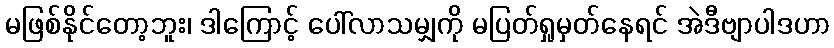
မဖြစ်နိုင်တော့ဘူး၊ ဒါကြောင့် ပေါ်လာသမျှကို မပြတ်ရှုမှတ်နေရင် အဲဒီဗျာပါဒဟာ